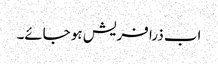
اب ذرا فریش ہو جائے۔